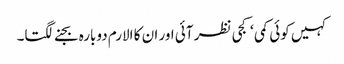
کہیں کوئی کمی ‘کجی نظر آئی اور ان کا الارم دوبارہ بجنے لگتا۔